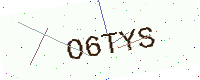
Text: O6TYS